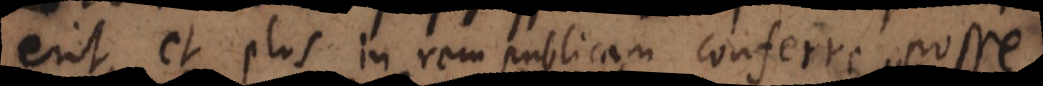
erit, plus in rem publicam conferre posse